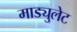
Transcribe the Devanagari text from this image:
माड्युलेट